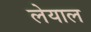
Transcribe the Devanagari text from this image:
लेयाल